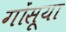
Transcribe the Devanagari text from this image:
गोंसूया